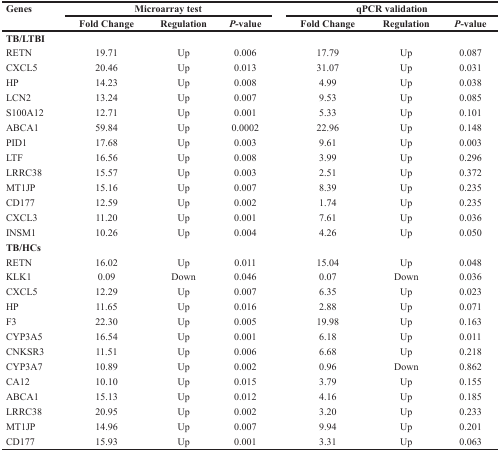
<table><thead><tr><td rowspan="2"><b>Genes</b></td><td colspan="3"><b>Microarray test</b></td><td colspan="3"><b>qPCR validation</b></td></tr><tr><td><b>Fold Change</b></td><td><b>Regulation</b></td><td><b><i>P</i>-value</b></td><td><b>Fold Change</b></td><td><b>Regulation</b></td><td><b><i>P</i>-value</b></td></tr></thead><tbody><tr><td><b>TB/LTBI</b></td><td></td><td></td><td></td><td></td><td></td><td></td></tr><tr><td>RETN</td><td>19.71</td><td>Up</td><td>0.006</td><td>17.79</td><td>Up</td><td>0.087</td></tr><tr><td>CXCL5</td><td>20.46</td><td>Up</td><td>0.013</td><td>31.07</td><td>Up</td><td>0.031</td></tr><tr><td>HP</td><td>14.23</td><td>Up</td><td>0.008</td><td>4.99</td><td>Up</td><td>0.038</td></tr><tr><td>LCN2</td><td>13.24</td><td>Up</td><td>0.007</td><td>9.53</td><td>Up</td><td>0.085</td></tr><tr><td>S100A12</td><td>12.71</td><td>Up</td><td>0.001</td><td>5.33</td><td>Up</td><td>0.101</td></tr><tr><td>ABCA1</td><td>59.84</td><td>Up</td><td>0.0002</td><td>22.96</td><td>Up</td><td>0.148</td></tr><tr><td>PID1</td><td>17.68</td><td>Up</td><td>0.003</td><td>9.61</td><td>Up</td><td>0.003</td></tr><tr><td>LTF</td><td>16.56</td><td>Up</td><td>0.008</td><td>3.99</td><td>Up</td><td>0.296</td></tr><tr><td>LRRC38</td><td>15.57</td><td>Up</td><td>0.003</td><td>2.51</td><td>Up</td><td>0.372</td></tr><tr><td>MT1JP</td><td>15.16</td><td>Up</td><td>0.007</td><td>8.39</td><td>Up</td><td>0.235</td></tr><tr><td>CD177</td><td>12.59</td><td>Up</td><td>0.002</td><td>1.74</td><td>Up</td><td>0.235</td></tr><tr><td>CXCL3</td><td>11.20</td><td>Up</td><td>0.001</td><td>7.61</td><td>Up</td><td>0.036</td></tr><tr><td>INSM1</td><td>10.26</td><td>Up</td><td>0.004</td><td>4.26</td><td>Up</td><td>0.050</td></tr><tr><td><b>TB/HCs</b></td><td></td><td></td><td></td><td></td><td></td><td></td></tr><tr><td>RETN</td><td>16.02</td><td>Up</td><td>0.011</td><td>15.04</td><td>Up</td><td>0.048</td></tr><tr><td>KLK1</td><td>0.09</td><td>Down</td><td>0.046</td><td>0.07</td><td>Down</td><td>0.036</td></tr><tr><td>CXCL5</td><td>12.29</td><td>Up</td><td>0.007</td><td>6.35</td><td>Up</td><td>0.023</td></tr><tr><td>HP</td><td>11.65</td><td>Up</td><td>0.016</td><td>2.88</td><td>Up</td><td>0.071</td></tr><tr><td>F3</td><td>22.30</td><td>Up</td><td>0.005</td><td>19.98</td><td>Up</td><td>0.163</td></tr><tr><td>CYP3A5</td><td>16.54</td><td>Up</td><td>0.001</td><td>6.18</td><td>Up</td><td>0.011</td></tr><tr><td>CNKSR3</td><td>11.51</td><td>Up</td><td>0.006</td><td>6.68</td><td>Up</td><td>0.218</td></tr><tr><td>CYP3A7</td><td>10.89</td><td>Up</td><td>0.002</td><td>0.96</td><td>Down</td><td>0.862</td></tr><tr><td>CA12</td><td>10.10</td><td>Up</td><td>0.015</td><td>3.79</td><td>Up</td><td>0.155</td></tr><tr><td>ABCA1</td><td>15.13</td><td>Up</td><td>0.012</td><td>4.16</td><td>Up</td><td>0.185</td></tr><tr><td>LRRC38</td><td>20.95</td><td>Up</td><td>0.002</td><td>3.20</td><td>Up</td><td>0.233</td></tr><tr><td>MT1JP</td><td>14.96</td><td>Up</td><td>0.007</td><td>9.94</td><td>Up</td><td>0.201</td></tr><tr><td>CD177</td><td>15.93</td><td>Up</td><td>0.001</td><td>3.31</td><td>Up</td><td>0.063</td></tr></tbody></table>